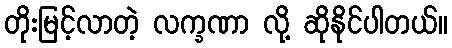
တိုးမြင့်လာတဲ့ လက္ခဏာ လို့ ဆိုနိုင်ပါတယ်။